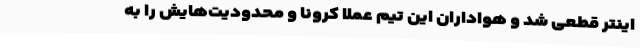
اینتر قطعی شد و هواداران این تیم عملاً کرونا و محدودیت‌هایش را به